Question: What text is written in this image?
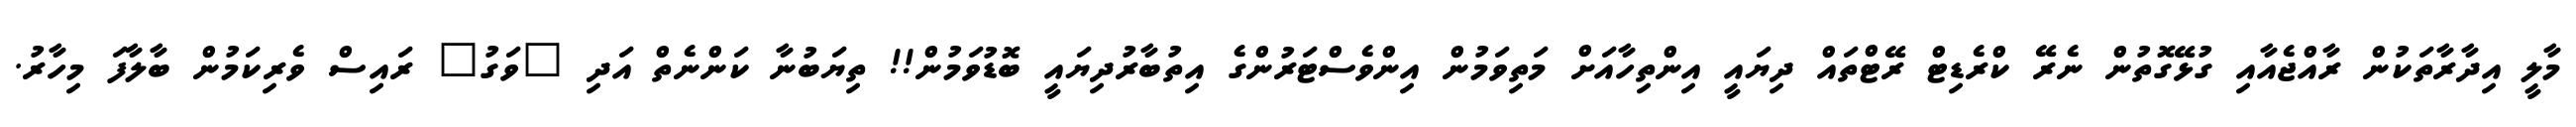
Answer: މާލީ އިދާރާތަކުން ރާއްޖެއާއި ގުޅޭގޮތުން ނެރޭ ކްރެޑިޓް ރޭޓްތައް ދިޔައީ އިންތިހާއަށް މަތިވަމުން އިންވެސްޓަރުންގެ އިތުބާރުދިޔައީ ބޮޑުވަމުން!! ތިޔަބުނާ ކަންނެތް އަދި "ވަގު" ރައިސް ވެރިކަމުން ބާލާފަ މިހާރު.